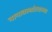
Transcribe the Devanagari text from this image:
नानावस्थांतरात्मक